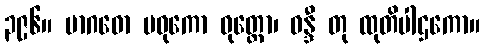
၃၉၆။ မာဂဓော မဓုကော ဝုတ္တော၊ ဝန္ဒီ တု ထုတိပါဌကော။